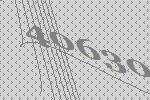
40630